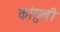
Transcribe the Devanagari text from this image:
कांसुली